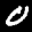
Label: 0